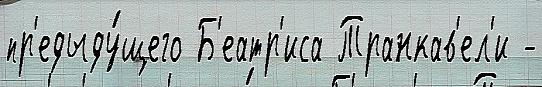
пр'едыду́щего Б'еатр'иса Транкав'ел'и -